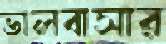
ভালবাসার